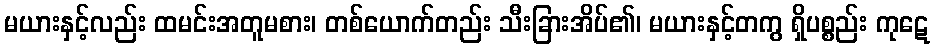
မယားနှင့်လည်း ထမင်းအတူမစား၊ တစ်ယောက်တည်း သီးခြားအိပ်၏၊ မယားနှင့်တကွ ရှိပစ္စည်း ကုဋေ